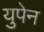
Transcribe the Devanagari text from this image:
युपेन